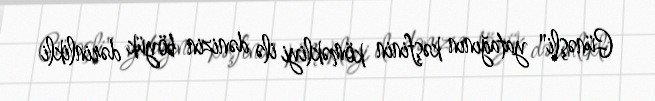
Günəşli" yatağının kəşfinin köməkliyi ilə dənizin böyük dərinlikli